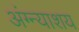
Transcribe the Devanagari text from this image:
अंग्न्याशय